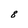
Character: 8